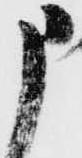
申